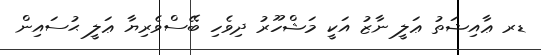
ޑރ ޢާއިޝަތު ޢަލީ ނާޒު އަކީ މަޝްހޫރު ދިވެހި ބޭސްވެރިޔާ ޢަލީ ޙުސައިން